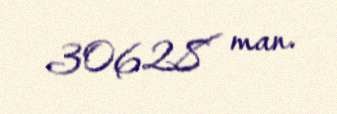
30628 man.